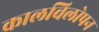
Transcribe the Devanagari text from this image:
कालविलोपन